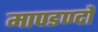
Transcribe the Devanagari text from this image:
मापडण्दों